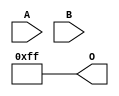
// This program was cloned from: https://github.com/ehw-fit/evoapproxlib
// License: MIT License

/***
* This code is a part of EvoApproxLib library (ehw.fit.vutbr.cz/approxlib) distributed under The MIT License.
* When used, please cite the following article(s): V. Mrazek, L. Sekanina, Z. Vasicek "Libraries of Approximate Circuits: Automated Design and Application in CNN Accelerators" IEEE Journal on Emerging and Selected Topics in Circuits and Systems, Vol 10, No 4, 2020 
* This file contains a circuit from a sub-set of pareto optimal circuits with respect to the pwr and ep parameters
***/
// MAE% = 44.45 %
// MAE = 57 
// WCE% = 100.00 %
// WCE = 128 
// WCRE% = 200.00 %
// EP% = 99.48 %
// MRE% = 99.98 %
// MSE = 4551 
// PDK45_PWR = 0.000 mW
// PDK45_AREA = 0.0 um2
// PDK45_DELAY = 0.00 ns

module add8s_6HF (
    A,
    B,
    O
);

input [7:0] A;
input [7:0] B;
output [7:0] O;

wire sig_61,sig_64;

assign sig_61 = ~B[3];
assign sig_64 = ~(sig_61 & B[3]);

assign O[7] = sig_64;
assign O[6] = sig_64;
assign O[5] = sig_64;
assign O[4] = sig_64;
assign O[3] = sig_64;
assign O[2] = sig_64;
assign O[1] = sig_64;
assign O[0] = sig_64;

endmodule